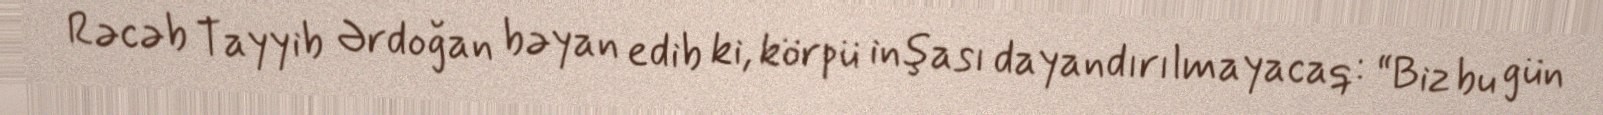
Rəcəb Tayyib Ərdoğan bəyan edib ki, körpü inşası dayandırılmayacaq: “Biz bu gün